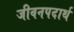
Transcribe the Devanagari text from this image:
जीवनपदार्थ